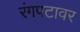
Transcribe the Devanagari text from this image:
रंगपटावर